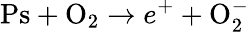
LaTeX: \mathrm{Ps+O_{2}}\to e^{+}+\mathrm{O_{2}^{-}}